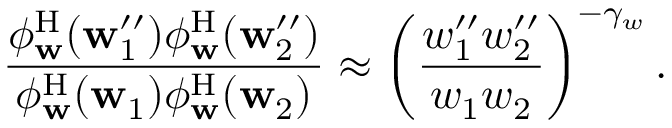
\frac { \phi _ { \mathbf { w } } ^ { \mathrm { H } } ( \mathbf { w } _ { 1 } ^ { \prime \prime } ) \phi _ { \mathbf { w } } ^ { \mathrm { H } } ( \mathbf { w } _ { 2 } ^ { \prime \prime } ) } { \phi _ { \mathbf { w } } ^ { \mathrm { H } } ( \mathbf { w } _ { 1 } ) \phi _ { \mathbf { w } } ^ { \mathrm { H } } ( \mathbf { w } _ { 2 } ) } \approx \left( \frac { w _ { 1 } ^ { \prime \prime } w _ { 2 } ^ { \prime \prime } } { w _ { 1 } w _ { 2 } } \right) ^ { - \gamma _ { w } } .